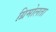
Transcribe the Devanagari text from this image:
ग्रिमोलता